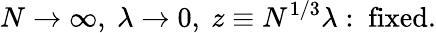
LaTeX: N\rightarrow\infty,\ \lambda\rightarrow 0,\ z\equiv N^{1/3}\lambda:\ \mathrm{fixed}.